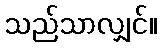
သည်သာလျှင်။